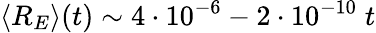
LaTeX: \langle R_{E}\rangle(t)\sim 4\cdot 10^{-6}-2\cdot 10^{-10}\; t